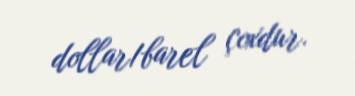
dollar/barel çoxdur.